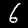
Label: 6